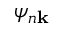
\psi _ { n \mathbf { k } }